Problem: 48 + 22 = ?
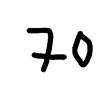
Handwritten answer: 70